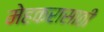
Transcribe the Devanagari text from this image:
मेहकरासाठी